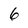
Character: 6